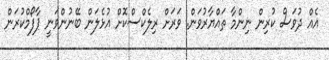
އެއް ދުވަސް ކުރިން ނިންމާ ތައްޔާރުވަން. ވަރަށް ރިލެކްސްކޮށް އުޅެލަން ބޭނުންވަނީ ޕާފޯމްކުރަން